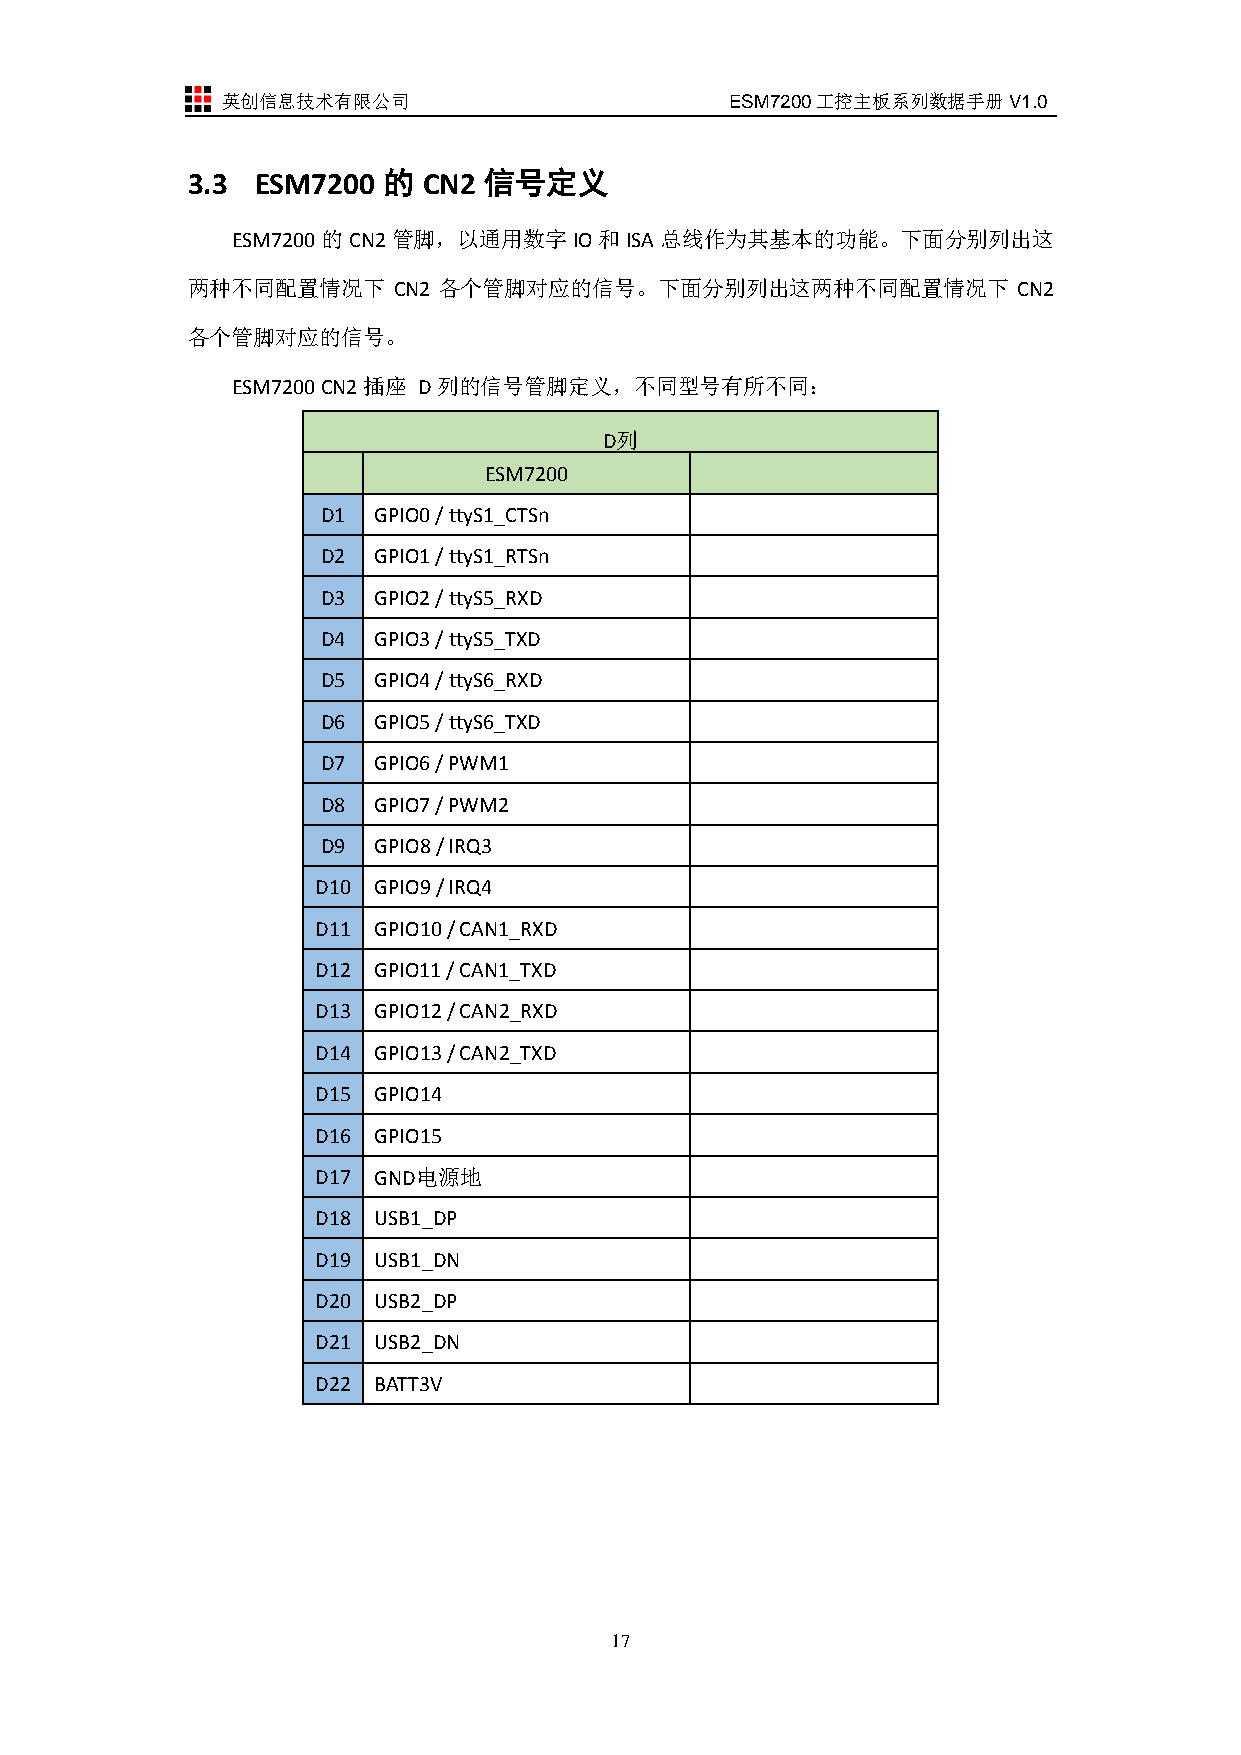
英创信息技术有限公司                       ESM7200工控主板系列数据手册V1.0
 3.3  ESM7200 的  CN2 信号定义
 ESM7200的CN2管脚，以通用数字IO和ISA总线作为其基本的功能。下面分别列出这
 两种不同配置情况下     CN2 各个管脚对应的信号。下面分别列出这两种不同配置情况下           CN2
 各个管脚对应的信号。
 ESM7200 CN2插座 D列的信号管脚定义，不同型号有所不同：
 D列
 ESM7200
 D1  GPIO0 / ttyS1_CTSn
 D2  GPIO1 / ttyS1_RTSn
 D3  GPIO2 / ttyS5_RXD
 D4  GPIO3 / ttyS5_TXD
 D5  GPIO4 / ttyS6_RXD
 D6  GPIO5 / ttyS6_TXD
 D7  GPIO6 / PWM1
 D8  GPIO7 / PWM2
 D9  GPIO8 / IRQ3
 D10 GPIO9 / IRQ4
 D11 GPIO10 / CAN1_RXD
 D12 GPIO11 / CAN1_TXD
 D13 GPIO12 / CAN2_RXD
 D14 GPIO13 / CAN2_TXD
 D15 GPIO14
 D16 GPIO15
 D17 GND电源地
 D18 USB1_DP
 D19 USB1_DN
 D20 USB2_DP
 D21 USB2_DN
 D22 BATT3V
 17